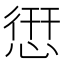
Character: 𢝐